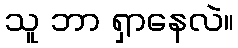
သူ ဘာ ရှာနေလဲ။